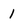
Character: 1